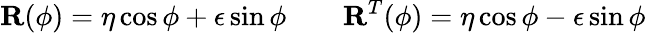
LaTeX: \mathbf{R}(\phi)=\mathbf{\eta}\cos\phi+\mathbf{\epsilon}\sin\phi\qquad\mathbf{R}^{T}(\phi)=\mathbf{\eta}\cos\phi-\mathbf{\epsilon}\sin\phi